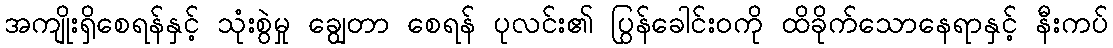
အကျိုးရှိစေရန်နှင့် သုံးစွဲမှု ချွေတာ စေရန် ပုလင်း၏ ပြွန်ခေါင်းဝကို ထိခိုက်သောနေရာနှင့် နီးကပ်